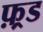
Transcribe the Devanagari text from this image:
फ़्रड